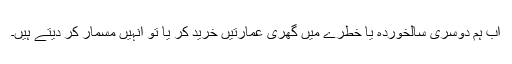
اب ہم دوسری سالخوردہ یا خطرے میں گھری عمارتیں خرید کر یا تو انہیں مسمار کر دیتے ہیں۔